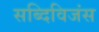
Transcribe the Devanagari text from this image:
सब्दिविजंस